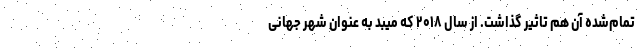
تمام‌شده آن هم تاثیر گذاشت. از سال ۲۰۱۸ که میبد به عنوان شهر جهانی